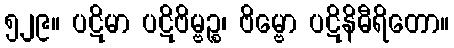
၅၂၉။ ပဋိမာ ပဋိဗိမ္ဗဉ္စ၊ ဗိမ္ဗော ပဋိနိဓီရိတော။